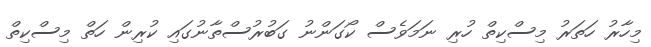
މިހާރު ހަތަރު މިސްކިތް ހުރި ނަމަވެސް ކޯގަންނު ގަބުރުސްތާނުގައި ކުރިން ހަތް މިސްކިތް